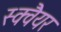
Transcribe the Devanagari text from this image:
स्‍क्‍वैयर